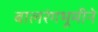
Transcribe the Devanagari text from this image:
बालरंगभूमीने